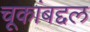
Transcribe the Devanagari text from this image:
चूकांबद्दल